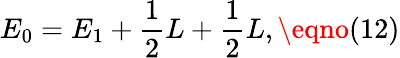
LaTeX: E_{0}=E_{1}+{\frac{1}{2}}L+{\frac{1}{2}}L,\eqno(12)